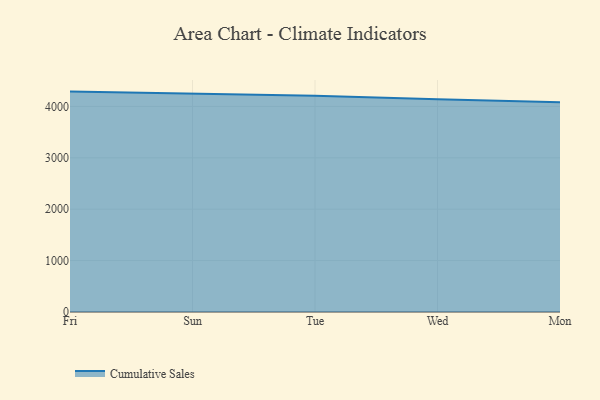
{"axis": {"x": "Day", "y": "Revenue (USD Million)"}, "legend": ["Cumulative Sales"], "data": [{"x": "Fri", "y": 4288.1, "type": "Cumulative Sales"}, {"x": "Sun", "y": 4249.7, "type": "Cumulative Sales"}, {"x": "Tue", "y": 4206.6, "type": "Cumulative Sales"}, {"x": "Wed", "y": 4137.5, "type": "Cumulative Sales"}, {"x": "Mon", "y": 4080.9, "type": "Cumulative Sales"}]}